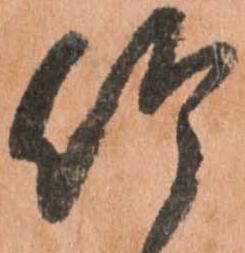
竹